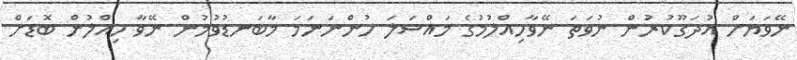
ނޭވަޔަށް އުދަގޫކުރުން ނުވަތަ ނޭވާހިއްލުމުގެ މައްސަލަ ހުންނަނަމަ މާބަނޑުވުމުން ނޭވާ ހިއްލުން ބޮޑަށް